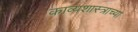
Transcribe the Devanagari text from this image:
काव्यशास्त्राच्या